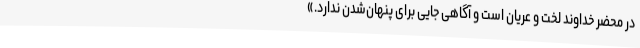
در محضر خداوند لخت و عریان است و آگاهی جایی برای پنهان‌شدن ندارد.»